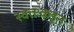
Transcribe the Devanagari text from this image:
स्वतःकडून